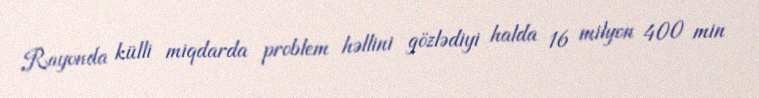
Rayonda külli miqdarda problem həllini gözlədiyi halda 16 milyon 400 min